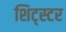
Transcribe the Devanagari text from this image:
शिट्स्टर